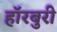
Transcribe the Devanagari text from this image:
हॉरबुरी